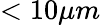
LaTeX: <10\mu m